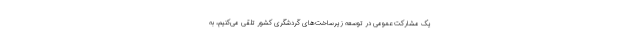
یک مشارکت عمومی در توسعه زیرساخت‌های گردشگری کشور تلقی می‌کنیم، به